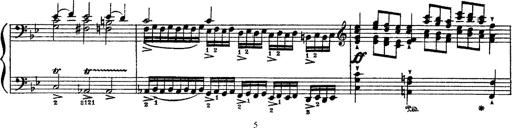
Title: Sarabande und Chaconne aus dem Singspiel
Composer: Franz Liszt